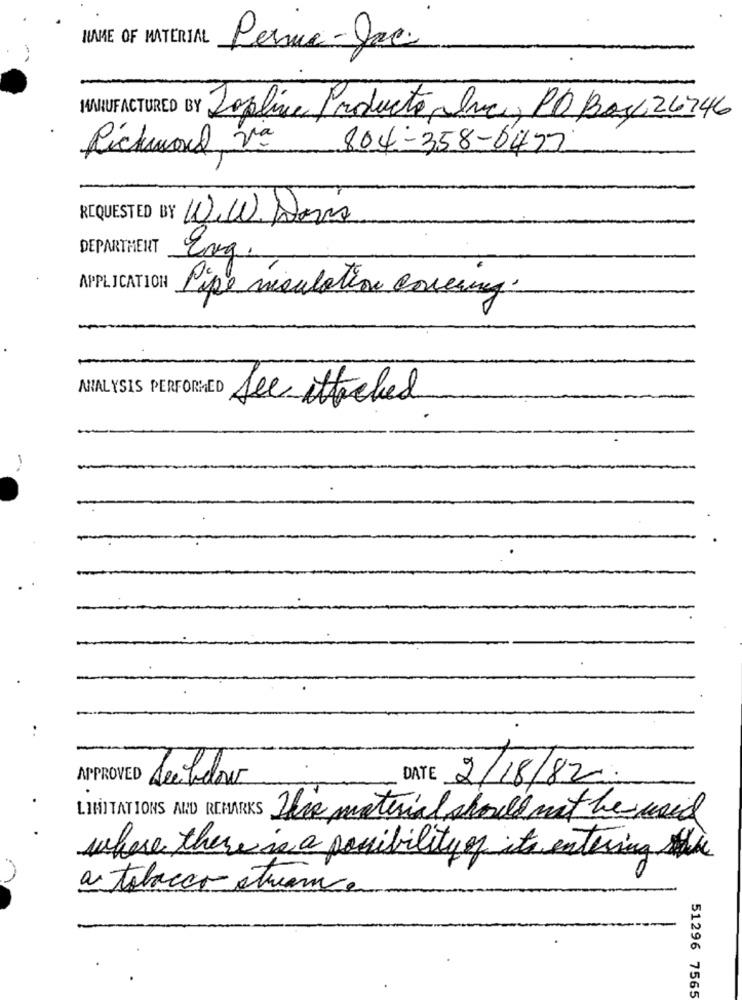
NAME OF MATERIAL
Persue-Jac
MANUFACTURED BY
Joplina Producto, Inc, PO Bos4 26346
Richmond Va
804-358-6477
REQUESTED BY W.W.Dans
DEPARTMENT
Evg.
APPLICATION
Pipe miculation covering.
ANALYSIS PERFORMED See attached
APPROVED Seebelow
DATE 2/18/82.
LIMITATIONS AND REMARKS
This material should not be used
where there is a possibility of its entering the
a tobacco stuen.
51296 7565